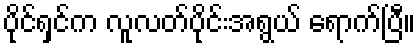
ပိုင်ရှင်က လူလတ်ပိုင်းအရွယ် ရောက်ပြီ။